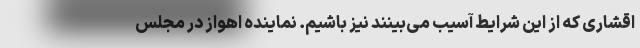
اقشاری که از این شرایط آسیب می‌بینند نیز باشیم. نماینده اهواز در مجلس